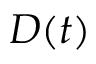
D ( t )